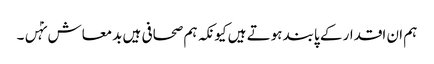
ہم ان اقدار کے پابند ہوتے ہیں کیونکہ ہم صحافی ہیں بدمعاش نہٰں۔